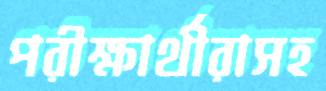
পরীক্ষার্থীরাসহ